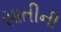
સાતીની